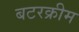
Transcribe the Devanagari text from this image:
बटरक्रीम